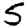
Digit: 5